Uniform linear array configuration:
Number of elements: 48
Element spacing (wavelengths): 1
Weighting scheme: exponential
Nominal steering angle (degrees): -30
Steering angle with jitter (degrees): -31.297
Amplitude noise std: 0.05
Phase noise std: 0.05

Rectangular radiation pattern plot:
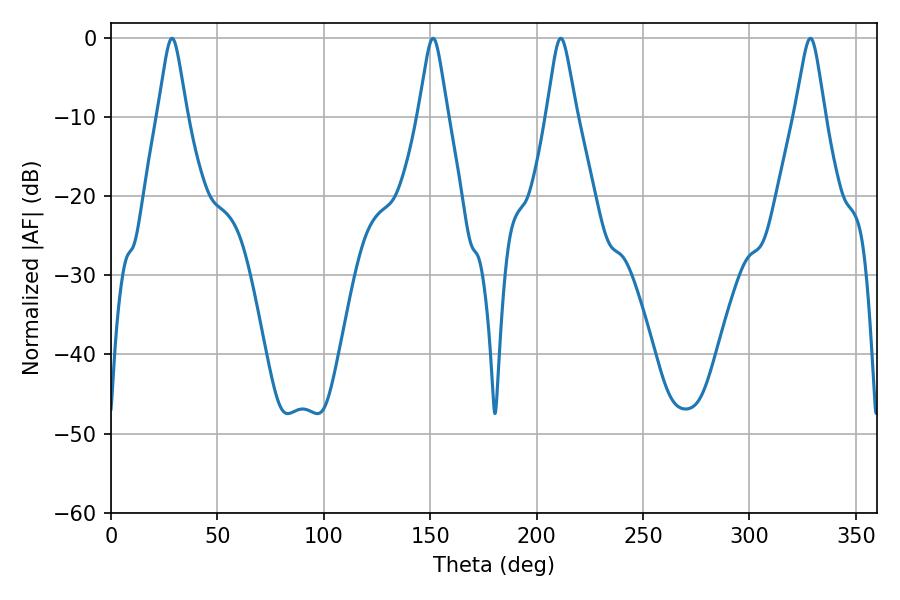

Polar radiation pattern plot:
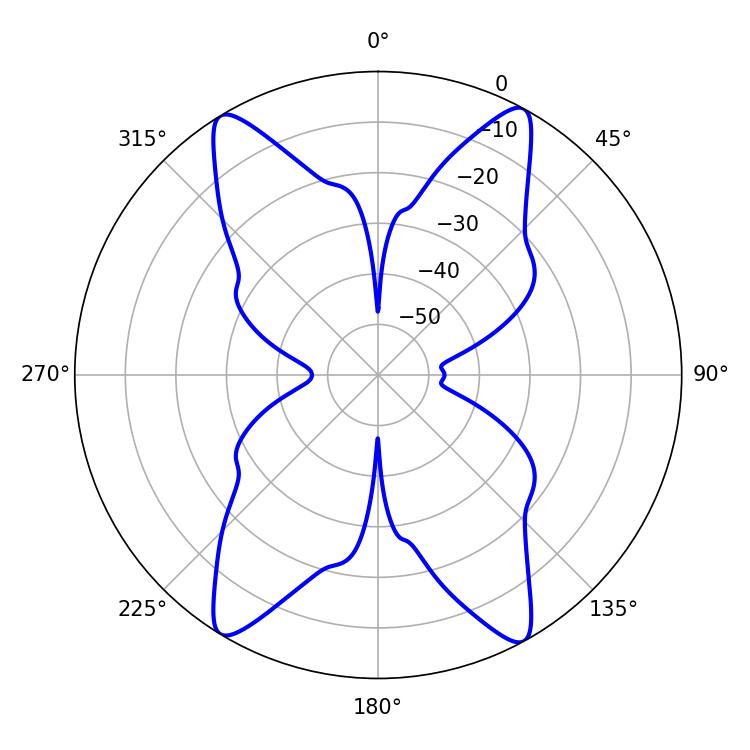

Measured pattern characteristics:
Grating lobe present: TRUE
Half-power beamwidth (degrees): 6.66
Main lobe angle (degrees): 211.32